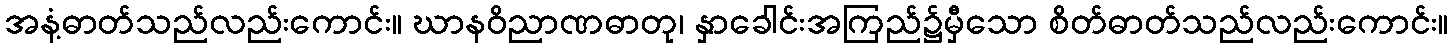
အနံ့ဓာတ်သည်လည်းကောင်း။ ဃာနဝိညာဏဓာတု၊ နှာခေါင်းအကြည်၌မှီသော စိတ်ဓာတ်သည်လည်းကောင်း။